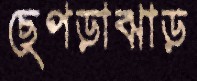
ছেপড়াঝাড়